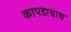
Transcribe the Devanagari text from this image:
कापडाचाच